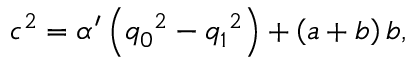
{ c ^ { 2 } } = { \alpha ^ { \prime } } \left( { q _ { 0 } } ^ { 2 } - { q _ { 1 } } ^ { 2 } \right) + \left( a + b \right) b ,